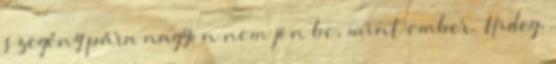
szegény pára nagyon nem jön be, mint ember. Hideg,